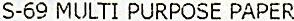
S-69 MULTI PURPOSE PAPER